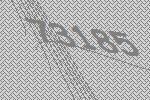
73185